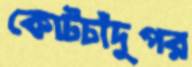
কোটচাঁদুপর